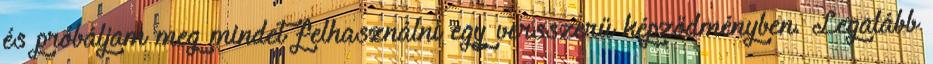
és próbáljam meg mindet felhasználni egy versszerű képződményben. Legalább